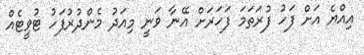
އިއްޔެ އަށް ފަހު ފުރަތަމަ ފަހަރަށް އޭނާ ވަނީ މިއަދު މެންދުރުފަހު ޓުވީޓެއް